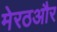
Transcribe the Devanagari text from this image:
मेरठऔर